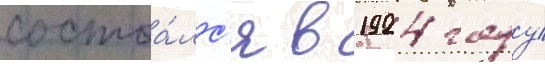
состоа́лс'я в 1924 году